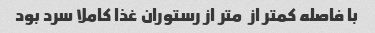
با فاصله کمتر از  متر از رستوران غذا کاملا سرد بود